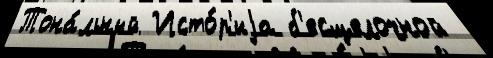
Тона́льный Исто́р'иjа б'есщелочной